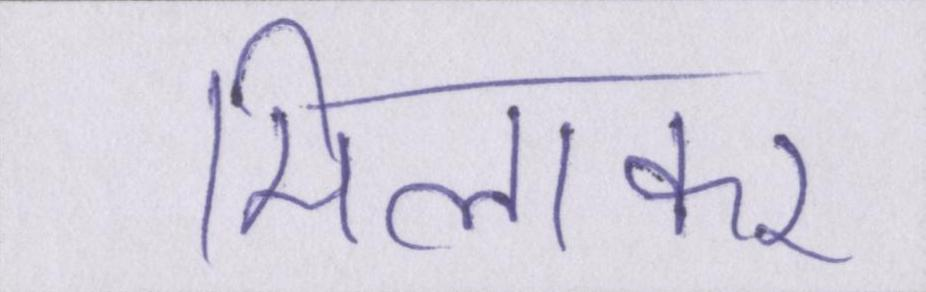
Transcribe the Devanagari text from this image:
मिलाकर